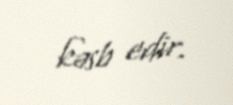
kəsb edir.